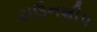
ટાઉનશીપ